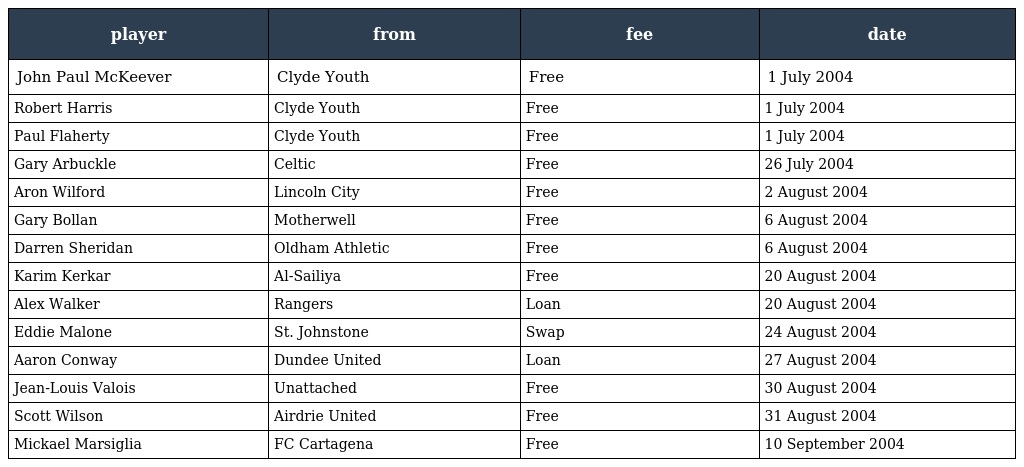
| player | from | fee | date |
 | --- | --- | --- | --- |
 | John Paul McKeever | Clyde Youth | Free | 1 July 2004 |
 | Robert Harris | Clyde Youth | Free | 1 July 2004 |
 | Paul Flaherty | Clyde Youth | Free | 1 July 2004 |
 | Gary Arbuckle | Celtic | Free | 26 July 2004 |
 | Aron Wilford | Lincoln City | Free | 2 August 2004 |
 | Gary Bollan | Motherwell | Free | 6 August 2004 |
 | Darren Sheridan | Oldham Athletic | Free | 6 August 2004 |
 | Karim Kerkar | Al-Sailiya | Free | 20 August 2004 |
 | Alex Walker | Rangers | Loan | 20 August 2004 |
 | Eddie Malone | St. Johnstone | Swap | 24 August 2004 |
 | Aaron Conway | Dundee United | Loan | 27 August 2004 |
 | Jean-Louis Valois | Unattached | Free | 30 August 2004 |
 | Scott Wilson | Airdrie United | Free | 31 August 2004 |
 | Mickael Marsiglia | FC Cartagena | Free | 10 September 2004 |